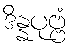
ဒိန္နပုဗ္ဗံ